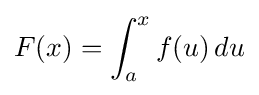
F(x)=\int _{a}^{x}f(u)\,du